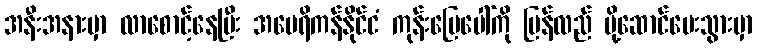
အနီးအနားမှာ လာစောင့်နေပြီး အမေရိကန်နိုင်ငံ ကုန်းမြေပေါ်ကို ပြန်လည် ပို့ဆောင်ပေးသွားမှာ